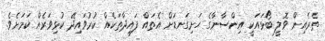
ތެރެއިން ވޮލީ ބޯޅައަކީ އިންސާނާގެ ހަށިގަނޑަށް އެތައް ފައިދާތަކެއް ކުރުވައިދޭ ކުޅިވަރެއް ކަމަށެވެ.